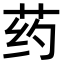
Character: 药